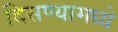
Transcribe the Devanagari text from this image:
दिसण्यामध्ये